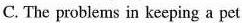
C. The problems in keeping a pet.